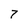
Character: 7